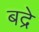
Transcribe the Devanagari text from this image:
बद्रे